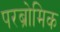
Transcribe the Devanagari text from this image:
परब्रोमिक